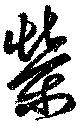
榮